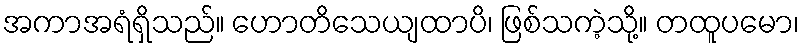
အကာအရံရှိသည်။ ဟောတိသေယျထာပိ၊ ဖြစ်သကဲ့သို့။ တထူပမော၊